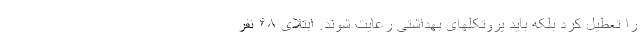
را تعطیل کرد بلکه باید پروتکلهای بهداشتی رعایت شوند. ابتلای ۶۸ نفر